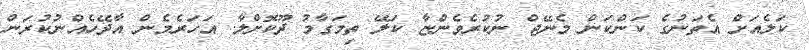
ކަލެއަށް އެތަނުގެ ކަންކަން މެނޭޖް ނުކުރެވެންޏާ ކަލޭ ތިމަގާމު ދޫކޮށްލާ. އަހަރެމެން އާދޭހެއްނުކުރަން